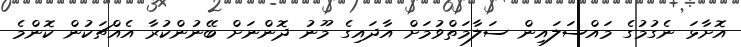
އޮށާޅަ ނެގުމުގެ މައްސަލައިން ސަލާމަތްވުމަށް އާދައިގެ މޫނު ދޮންނަށްް ބޭނުންކުރާ އެއްޗަކުން ކޮންމެ